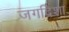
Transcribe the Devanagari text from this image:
जगदिशा